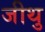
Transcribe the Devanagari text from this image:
जीथु